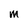
Character: m